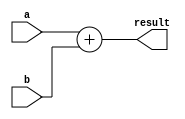
module adder(a,b,result);
input[15:0] a,b;
output [15:0] result;
assign result = a+b;
endmodule